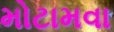
મોટામવા